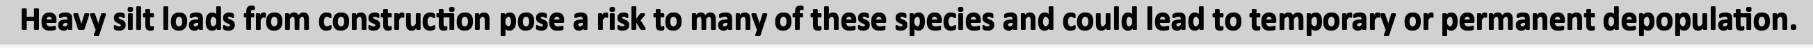
Heavy silt loads from construction pose a risk to many of these species and could lead to temporary or permanent depopulation.